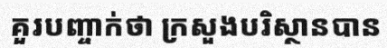
គួរបញ្ចាក់ថា ក្រសួងបរិស្ថានបាន